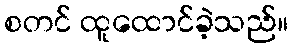
စတင် ထူထောင်ခဲ့သည်။